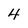
Character: 4